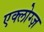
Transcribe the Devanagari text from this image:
एक्लोग्ज़